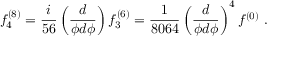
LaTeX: f _ { 4 } ^ { ( 8 ) } = \frac { i } { 5 6 } \left( \frac { d } { \phi d \phi } \right) f _ { 3 } ^ { ( 6 ) } = \frac { 1 } { 8 0 6 4 } \left( \frac { d } { \phi d \phi } \right) ^ { 4 } f ^ { ( 0 ) } ~ .